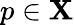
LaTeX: p\in\mathbf{X}